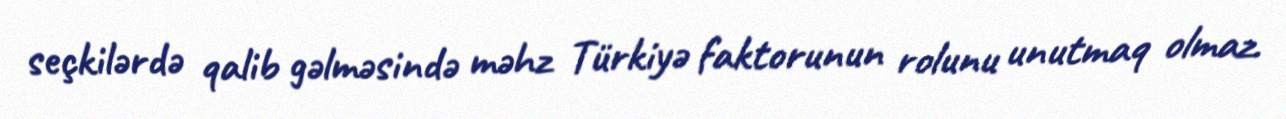
seçkilərdə qalib gəlməsində məhz Türkiyə faktorunun rolunu unutmaq olmaz.